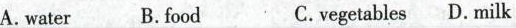
A.water B.food C.vegetables D.milk